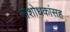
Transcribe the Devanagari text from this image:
संशोधकांसह